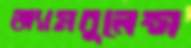
অ্যামবুলেন্স